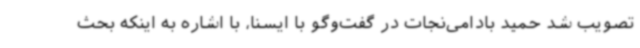
تصویب شد حمید بادامی‌نجات در گفت‌وگو با ایسنا، با اشاره به اینکه بحث